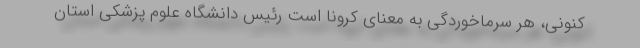
کنونی، هر سرماخوردگی به معنای کرونا است رئیس دانشگاه علوم پزشکی استان